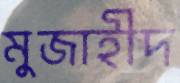
মুজাহীদ